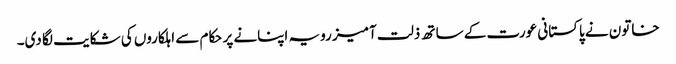
خاتون نے پاکستانی عورت کے ساتھ ذلت آمیز رویہ اپنانے پر حکام سے اہلکاروں کی شکایت لگا دی۔